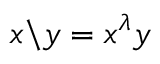
x \backslash y = x ^ { \lambda } y